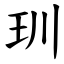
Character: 玔